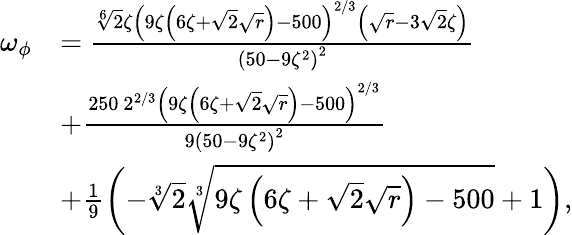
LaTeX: \begin{array}{rl}{\omega_{\phi}}&{=\frac{\sqrt[6]{2}\zeta\left(9\zeta\left(6\zeta+\sqrt{2}\sqrt{r}\right)-500\right)^{2/3}\left(\sqrt{r}-3\sqrt{2}\zeta\right)}{\left(50-9\zeta^{2}\right)^{2}}}\\ &{+\frac{250\ 2^{2/3}\left(9\zeta\left(6\zeta+\sqrt{2}\sqrt{r}\right)-500\right)^{2/3}}{9\left(50-9\zeta^{2}\right)^{2}}}\\ &{+\frac{1}{9}\left(-\sqrt[3]{2}\sqrt[3]{9\zeta\left(6\zeta+\sqrt{2}\sqrt{r}\right)-500}+1\right),}\end{array}